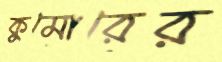
কুমোরের